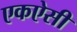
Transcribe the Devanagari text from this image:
एकऐसी